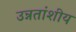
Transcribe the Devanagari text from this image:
उन्नतांशीय